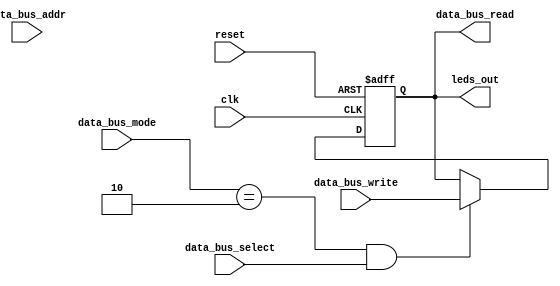
module leds(
    input clk,
    input reset,
    output [7:0] data_bus_read,
    input [7:0] data_bus_write,
    input [31:0] data_bus_addr,
    input data_bus_select,
    input [1:0] data_bus_mode,   // 00: Nothing, 01: Read, 10: Write
    output [7:0] leds_out
);


// ==== Port Registers ====
reg [7:0] led_state;   // Address 0x40F0
// ====

// ==== Reading ====
wire read_requested = (data_bus_mode == 2'b01) && data_bus_select;
assign data_bus_read = /*read_requested ? { 24'h0, led_state } : 32'bz;*/ led_state;


// ==== Logic ====
assign leds_out = led_state[7:0];
wire write_requested = (data_bus_mode == 2'b10) && data_bus_select;

always @(posedge clk or negedge reset) begin
    if(!reset) begin
        led_state <= 8'b0;
    end
    else begin
        if(write_requested) begin
            led_state <= data_bus_write;
        end   
    end
end

endmodule